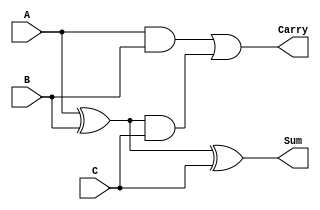
module CarrySaveAdder #(parameter N = 8) (
    input [N-1:0] A,   // First operand
    input [N-1:0] B,   // Second operand
    input [N-1:0] C,   // Third operand
    output [N-1:0] Sum,  // Output sum
    output [N-1:0] Carry  // Output carry
);

// Partial sums and carries for pairs of operands
wire [N-1:0] PAB; // Partial sum of A and B
wire [N-1:0] CAB; // Partial carry of A and B

wire [N-1:0] PAC; // Partial sum of PAB and C
wire [N-1:0] CAC; // Partial carry of PAB and C

// Compute partial sums and carries
assign PAB = A ^ B; // Sum of A and B
assign CAB = A & B; // Carry of A and B

assign PAC = PAB ^ C; // Sum of partial sum (A+B) and C
assign CAC = CAB | (PAB & C); // Carry logic: carry from A+B or carry from C added to PAB

// Final outputs
assign Sum = PAC;
assign Carry = CAC;

endmodule